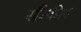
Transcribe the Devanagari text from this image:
सौकीर